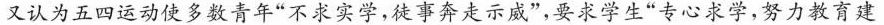
又认为五四运动使多数青年”不求实学，徒事奔走示威”，要求学生”专心求学，努力教育建